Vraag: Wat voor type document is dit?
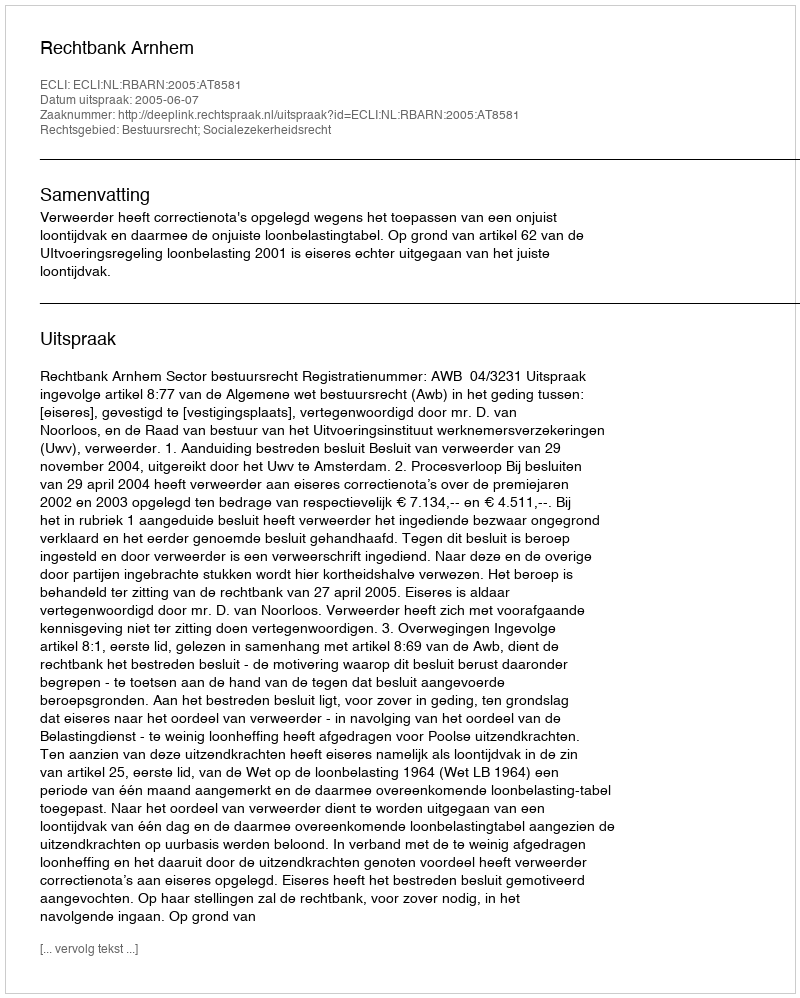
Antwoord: Uitspraak